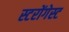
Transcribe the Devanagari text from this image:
स्टरोंगेस्ट